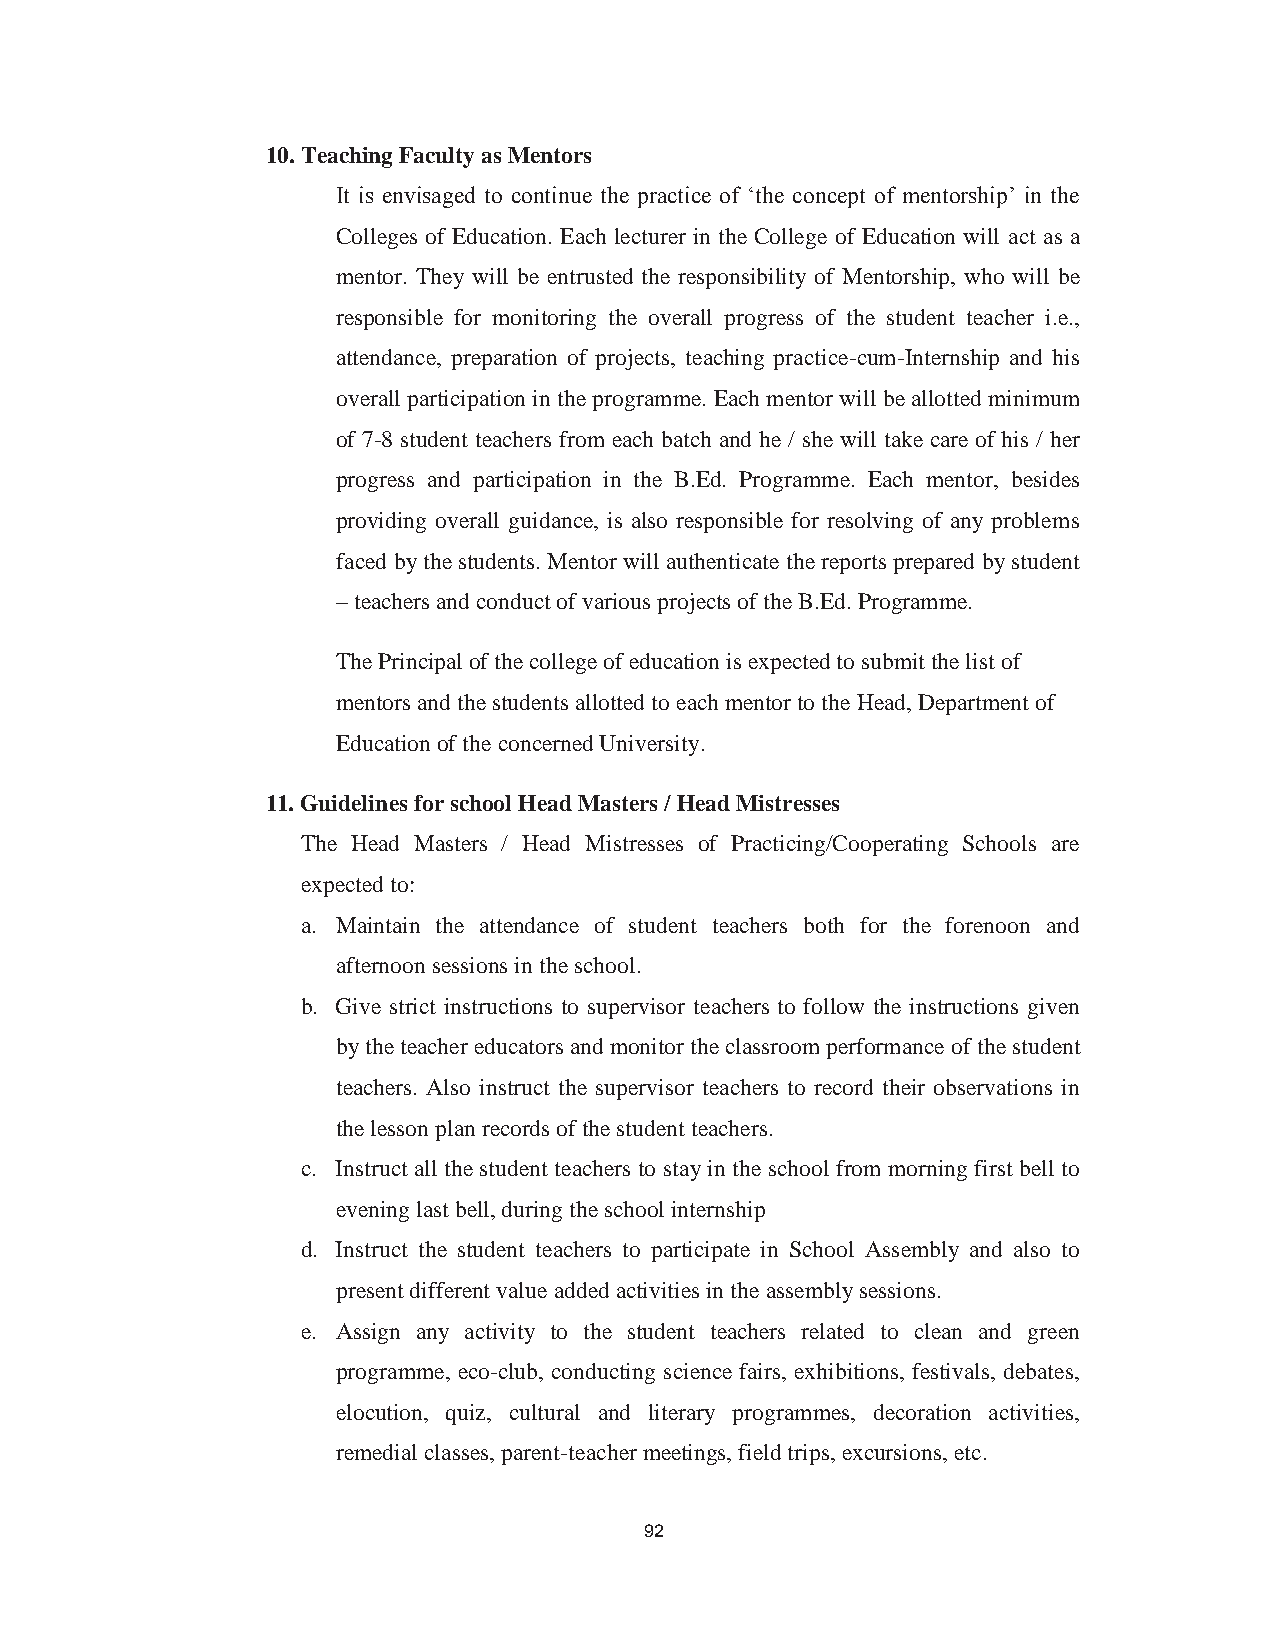
103
 10.Teaching Faculty as Mentors
 It is envisaged to continue the practice of ‘the concept of mentorship’ in the
 Colleges of Education. Each lecturer in the College of Education will act as a
 mentor. They will be entrusted the responsibility of Mentorship, who will be
 responsible for monitoring the overall progress of the student teacher i.e.,
 attendance, preparation of projects, teaching practice-cum-Internship and his
 overall participation in the programme. Each mentor will be allotted minimum
 of 7-8 student teachers from each batch and he / she will take care of his / her
 progress and participation in the B.Ed. Programme. Each mentor, besides
 providing overall guidance, is also responsible for resolving of any problems
 faced by the students. Mentor will authenticate the reports prepared by student
 – teachers and conduct of various projects of the B.Ed. Programme.
 The Principal of the college of education is expected to submit the list of
 mentors and the students allotted to each mentor to the Head, Department of
 Education of the concerned University.
 11.Guidelines for school Head Masters / Head Mistresses
 The Head Masters / Head Mistresses of Practicing/Cooperating Schools are
 expected to:
 a. Maintain the attendance of student teachers both for the forenoon and
 afternoon sessions in the school.
 b. Give strict instructions to supervisor teachers to follow the instructions given
 by the teacher educators and monitor the classroom performance of the student
 teachers. Also instruct the supervisor teachers to record their observations in
 the lesson plan records of the student teachers.
 c. Instruct all the student teachers to stay in the school from morning first bell to
 evening last bell, during the school internship
 d. Instruct the student teachers to participate in School Assembly and also to
 present different value added activities in the assembly sessions.
 e. Assign any activity to the student teachers related to clean and green
 programme, eco-club, conducting science fairs, exhibitions, festivals, debates,
 elocution, quiz, cultural and literary programmes, decoration activities,
 remedial classes, parent-teacher meetings, field trips, excursions, etc.
 92